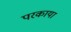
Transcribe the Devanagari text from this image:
परकाया